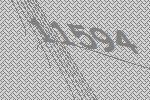
11594